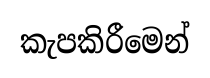
කැපකිරීමෙන්